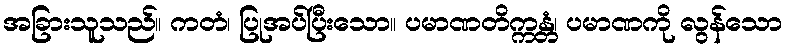
အခြားသူသည်။ ကတံ၊ ပြုအပ်ပြီးသော။ ပမာဏတိက္ကန္တံ၊ ပမာဏကို လွန်သော